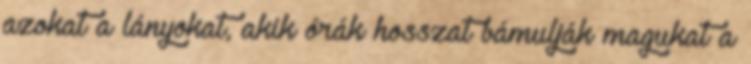
azokat a lányokat, akik órák hosszat bámulják magukat a